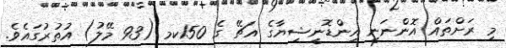
މި ރަށްތައް އޮންނަނީ އިންޑޮނީޝިޔާގެ އަޗޭ ގެ 150ކމ (93 މޭލު) އުތުރުގައެވެ.